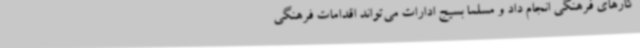
کارهای فرهنگی انجام داد و مسلماً بسیج ادارات می‌تواند اقدامات فرهنگی